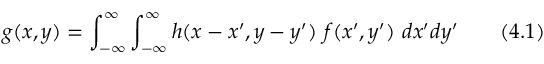
g ( x , y ) = \int _ { - \infty } ^ { \infty } \int _ { - \infty } ^ { \infty } h ( x - x ^ { \prime } , y - y ^ { \prime } ) ~ f ( x ^ { \prime } , y ^ { \prime } ) ~ d x ^ { \prime } d y ^ { \prime } ~ ~ ~ ~ ~ ~ ( 4 . 1 )